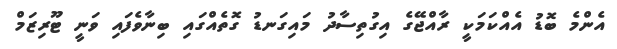
އެންމެ ބޮޑު އެއްކަމަކީ ރާއްޖޭގެ އިގުތިސާދު މައިގަނޑު ގޮތެއްގައި ބިނާވެފައި ވަނީ ޓޫރިޒަމް